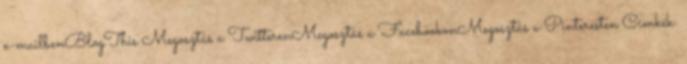
e-mailbenBlogThis Megosztás a TwitterenMegosztás a FacebookonMegosztás a Pinteresten Címkék: